Annual report on the Civil Veterinary Department, Burma (including the Insein Veterinary School) - 1923-1931
Year: 1923
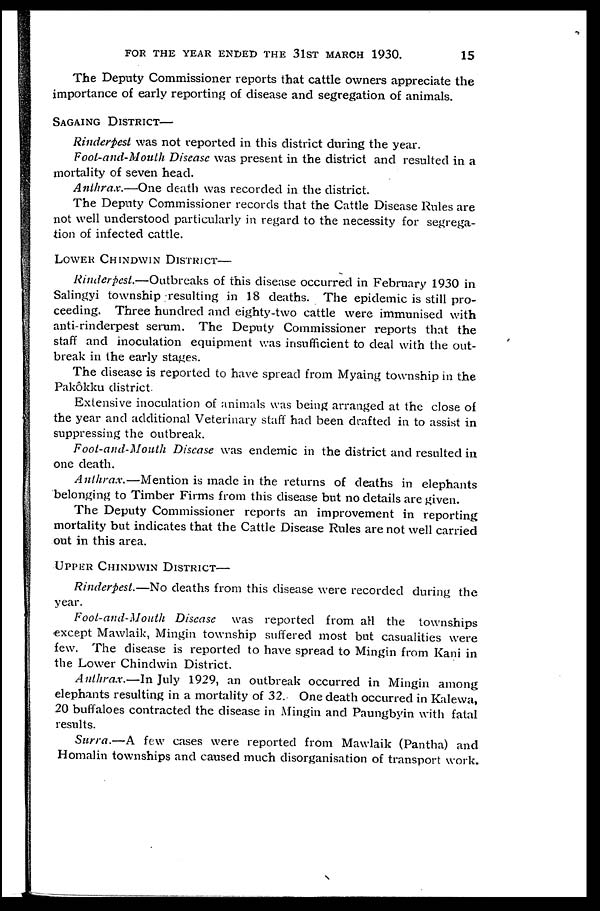
FOR THE YEAR ENDED THE 31ST MARCH 1930.
15
The Deputy Commissioner reports that cattle owners appreciate the
importance of early reporting of disease and segregation of animals.
MANDALAY DISTRICT—
Rinderpest was not reported in this district during the year.
Foot-and-Mouth Disease was present in the district and resulted in a
mortality of seven head.
Anthrax.—One death was recorded in the district.
The Deputy Commissioner records that the Cattle Disease Rules are
not well understood particularly in regard to the necessity for segrega-
tion of infected cattle.
LOWER CHINDWIN DISTRICT—
Rinderpest.—Outbreaks of this disease occurred in February 1930 in
Salingyi township resulting in 18 deaths. The epidemic is still pro-
ceeding. Three hundred and eighty-two cattle were immunised with
anti-rinderpest serum. The Deputy Commissioner reports that the
staff and inoculation equipment was insufficient to deal with the out-
break in the early stages.
The disease is reported to have spread from Myaing township in the
Pakôkku district.
Extensive inoculation of animals was being arranged at the close of
the year and additional Veterinary staff had been drafted in to assist in
suppressing the outbreak.
Foot-and-Mouth Disease was endemic in the district and resulted in
one death.
Anthrax.—Mention is made in the returns of deaths in elephants
belonging to Timber Firms from this disease but no details are given.
The Deputy Commissioner reports an improvement in reporting
mortality but indicates that the Cattle Disease Rules are not well carried
out in this area.
UPPER CHINDWIN DISTRICT—
Rinderpest.—No deaths from this disease were recorded during the
year.
Foot-and-Mouth Disease was reported from all the townships
except Mawlaik, Mingin township suffered most but casualities were
few. The disease is reported to have spread to Mingin from Kani in
the Lower Chindwin District.
Anthrax.—In July 1929, an outbreak occurred in Mingin among
elephants resulting in a mortality of 32. One death occurred in Kalewa,
20 buffaloes contracted the disease in Mingin and Paungbyin with fatal
results.
Surra.—A few cases were reported from Mawlaik (Pantha) and
Homalin townships and caused much disorganisation of transport work.